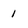
Character: 1